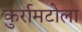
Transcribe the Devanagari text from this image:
कुर्रामटोला